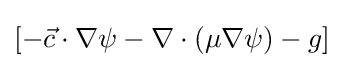
\left[-{\vec {c}}\cdot \nabla \psi -\nabla \cdot \left(\mu \nabla \psi \right)-g\right]